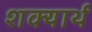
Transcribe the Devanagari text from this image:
शक्यार्थ